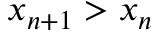
x _ { n + 1 } > x _ { n }